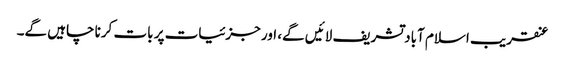
عنقریب اسلام آباد تشریف لائیں گے، اور جزئیات پر بات کرنا چاہیں گے۔